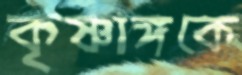
কৃষ্ণাঙ্গকে